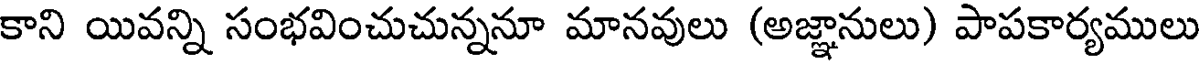
కాని యివన్ని సంభవించుచున్ననూ మానవులు (అజ్ఞానులు) పాపకార్యములు